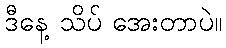
ဒီနေ့ သိပ် အေးတာပဲ။